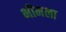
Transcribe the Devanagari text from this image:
भीमला